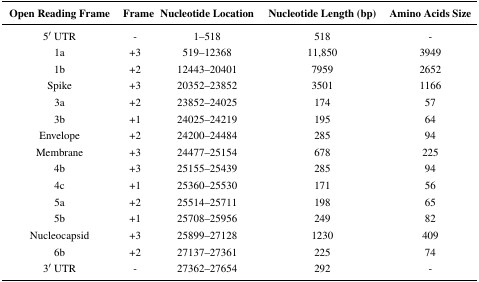
<table><thead><tr><td><b>Open Reading Frame</b></td><td><b>Frame</b></td><td><b>Nucleotide Location</b></td><td><b>Nucleotide Length (bp)</b></td><td><b>Amino Acids Size</b></td></tr></thead><tbody><tr><td>5′ UTR</td><td>-</td><td>1–518</td><td>518</td><td>-</td></tr><tr><td>1a</td><td>+3</td><td>519–12368</td><td>11,850</td><td>3949</td></tr><tr><td>1b</td><td>+2</td><td>12443–20401</td><td>7959</td><td>2652</td></tr><tr><td>Spike</td><td>+3</td><td>20352–23852</td><td>3501</td><td>1166</td></tr><tr><td>3a</td><td>+2</td><td>23852–24025</td><td>174</td><td>57</td></tr><tr><td>3b</td><td>+1</td><td>24025–24219</td><td>195</td><td>64</td></tr><tr><td>Envelope</td><td>+2</td><td>24200–24484</td><td>285</td><td>94</td></tr><tr><td>Membrane</td><td>+3</td><td>24477–25154</td><td>678</td><td>225</td></tr><tr><td>4b</td><td>+3</td><td>25155–25439</td><td>285</td><td>94</td></tr><tr><td>4c</td><td>+1</td><td>25360–25530</td><td>171</td><td>56</td></tr><tr><td>5a</td><td>+2</td><td>25514–25711</td><td>198</td><td>65</td></tr><tr><td>5b</td><td>+1</td><td>25708–25956</td><td>249</td><td>82</td></tr><tr><td>Nucleocapsid</td><td>+3</td><td>25899–27128</td><td>1230</td><td>409</td></tr><tr><td>6b</td><td>+2</td><td>27137–27361</td><td>225</td><td>74</td></tr><tr><td>3′ UTR</td><td>-</td><td>27362–27654</td><td>292</td><td>-</td></tr></tbody></table>